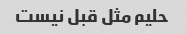
حلیم مثل قبل نیست